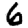
Digit: 6